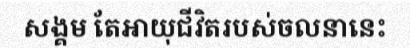
សង្គម តែអាយុជីវិតរបស់ចលនានេះ